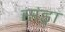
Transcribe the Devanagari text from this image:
संड्रा